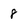
Character: 8